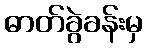
ဓာတ်ခွဲခန်းမှ